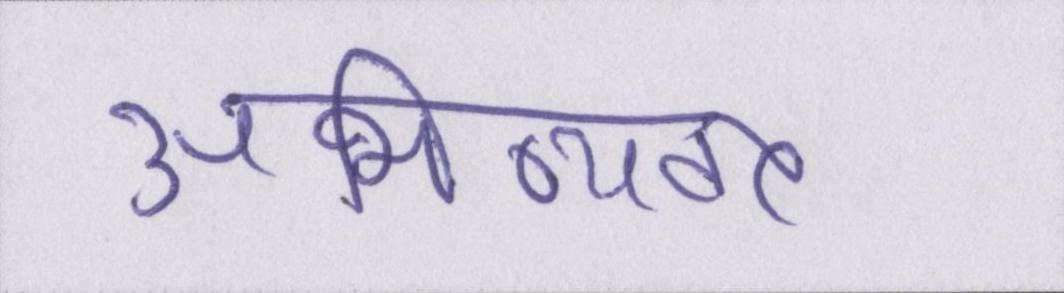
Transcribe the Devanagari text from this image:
अभिव्यक्त